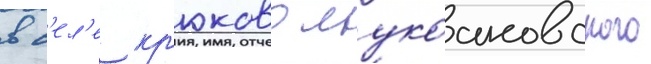
в с'ел'е кр'юково лукоановского